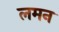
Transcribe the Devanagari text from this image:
लमन